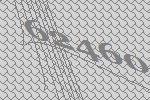
62460